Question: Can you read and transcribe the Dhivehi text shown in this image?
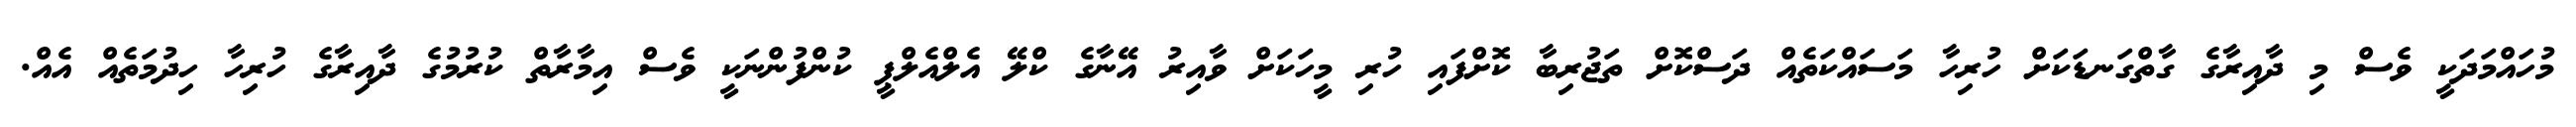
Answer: މުހައްމަދަކީ ވެސް މި ދާއިރާގެ ގާތްގަނޑަކަށް ހުރިހާ މަސައްކަތެއް ދަސްކޮށް ތަޖުރިބާ ކޮށްފައި ހުރި މީހަކަށް ވާއިރު އޭނާގެ ކްލޭ އެލްއެލްޕީ ކުންފުންނަކީ ވެސް އިމާރާތް ކުރުމުގެ ދާއިރާގެ ހުރިހާ ހިދުމަތެއް އެއް.